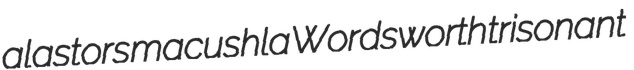
alastors macushla Wordsworth trisonant